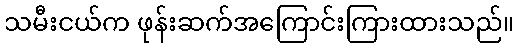
သမီးငယ်က ဖုန်းဆက်အကြောင်းကြားထားသည်။